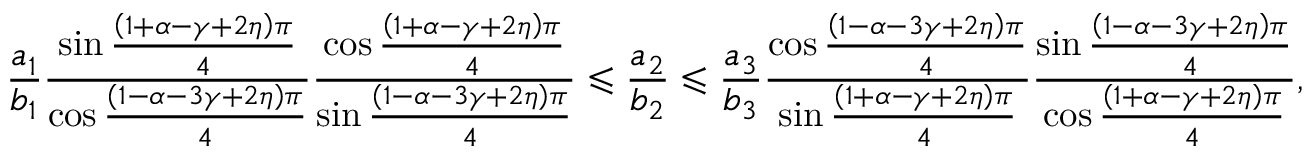
\frac { a _ { 1 } } { b _ { 1 } } \frac { \sin \frac { \left( 1 + \alpha - \gamma + 2 \eta \right) \pi } { 4 } } { \cos \frac { \left( 1 - \alpha - 3 \gamma + 2 \eta \right) \pi } { 4 } } \frac { \cos \frac { \left( 1 + \alpha - \gamma + 2 \eta \right) \pi } { 4 } } { \sin \frac { \left( 1 - \alpha - 3 \gamma + 2 \eta \right) \pi } { 4 } } \leqslant \frac { a _ { 2 } } { b _ { 2 } } \leqslant \frac { a _ { 3 } } { b _ { 3 } } \frac { \cos \frac { \left( 1 - \alpha - 3 \gamma + 2 \eta \right) \pi } { 4 } } { \sin \frac { \left( 1 + \alpha - \gamma + 2 \eta \right) \pi } { 4 } } \frac { \sin \frac { \left( 1 - \alpha - 3 \gamma + 2 \eta \right) \pi } { 4 } } { \cos \frac { \left( 1 + \alpha - \gamma + 2 \eta \right) \pi } { 4 } } ,